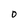
Character: O